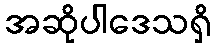
အဆိုပါဒေသရှိ